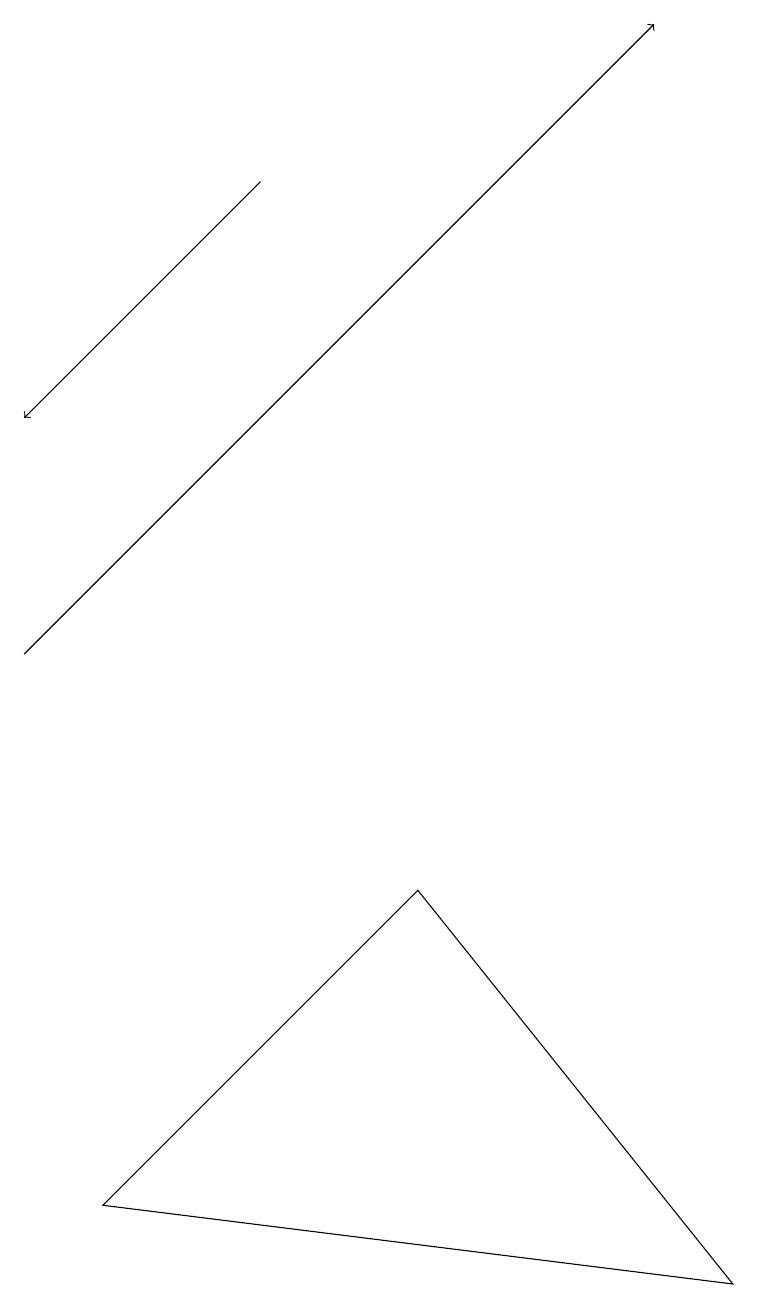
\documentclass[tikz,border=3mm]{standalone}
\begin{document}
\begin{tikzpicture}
\draw (5,7) -- (9,2) -- (1,3) -- cycle;
\draw[->] (3,16) -- (0,13);
\draw[->] (0,10) -- (8,18);
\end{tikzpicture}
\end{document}